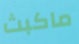
ماكبث